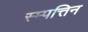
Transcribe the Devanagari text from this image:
स्म्पत्तिन